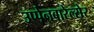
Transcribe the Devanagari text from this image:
उप्पेनबारेल्सेर